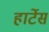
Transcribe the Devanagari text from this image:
हार्टेस